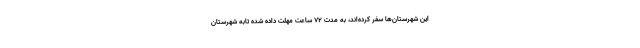
این شهرستان‌ها سفر کرده‌اند، به مدت ۷۲ ساعت مهلت داده شده تابه شهرستان